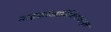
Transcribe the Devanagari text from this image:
माइक्रोआर्किटेक्चरयुक्त